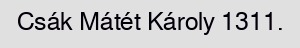
Csák Mátét Károly 1311.